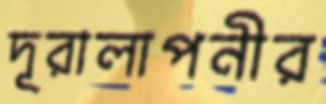
দূরালাপনীর